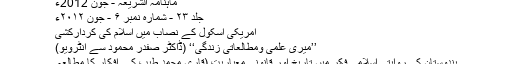
ماہنامہ الشریعہ - جون 2012ء
جلد ۲۳ - شمارہ نمبر ۶ - جون ۲۰۱۲ء
امریکی اسکول کے نصاب میں اسلام کی کردارکشی
’’میری علمی ومطالعاتی زندگی‘‘ (ڈاکٹر صفدر محمود سے انٹرویو)
ہندوستان کی روایتی اسلامی فکر میں تاریخ اور قانونی معیاریت (قاری محمد طیبؒ کے افکار کا مطالعہ۔